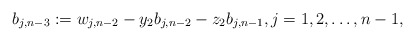
\begin{align*}b_{j,n-3}:=w_{j,n-2}-y_2b_{j,n-2}-z_2b_{j,n-1}, j=1,2,\ldots,n-1,\end{align*}